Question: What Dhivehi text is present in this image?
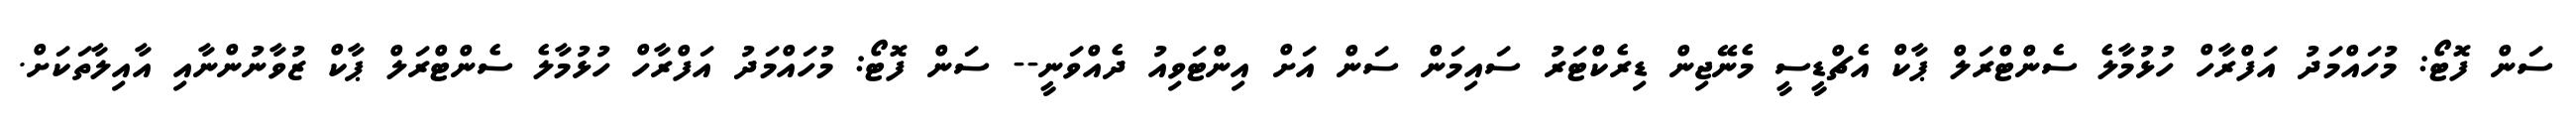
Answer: ސަން ފޮޓޯ: މުހައްމަދު އަފްރާހް ހުޅުމާލެ ސެންޓްރަލް ޕާކް އެޗްޑީސީ މެނޭޖިން ޑިރެކްޓަރު ސައިމަން ސަން އަށް އިންޓަވިއު ދެއްވަނީ-- ސަން ފޮޓޯ: މުހައްމަދު އަފްރާހް ހުޅުމާލެ ސެންޓްރަލް ޕާކް ޒުވާނުންނާއި އާއިލާތަކަށް.